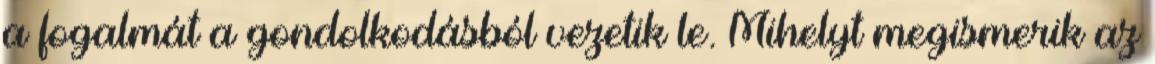
a fogalmát a gondolkodásból vezetik le. Mihelyt megismerik az